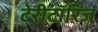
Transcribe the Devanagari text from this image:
टेरीटॉरिज